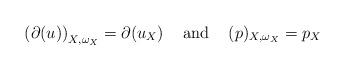
LaTeX: \begin{align*}\displaystyle \left(\partial(u)\right)_{X,\omega_X}=\partial(u_X)\;\;\; \mbox{ and }\;\;\; (p)_{X,\omega_X}=p_X\end{align*}